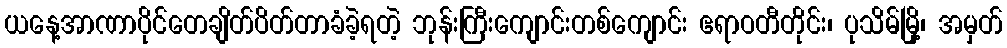
ယနေ့အာဏာပိုင်တေချိတ်ပိတ်တာခံခဲ့ရတဲ့ ဘုန်းကြီးကျောင်းတစ်ကျောင်း ဧရာဝတီတိုင်း၊ ပုသိမ်မြို့၊ အမှတ်